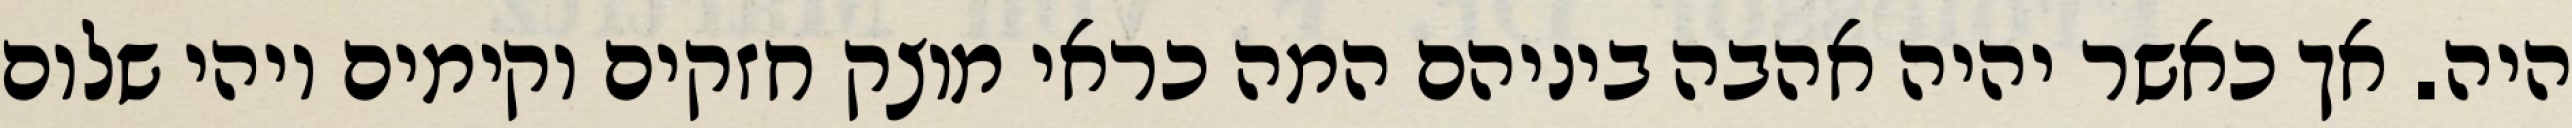
היה. אך כאשר יהיה אהבה ביניהם המה כראי מוצק חזקים וקימים ויהי שלום